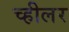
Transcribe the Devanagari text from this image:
च्हीलर